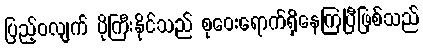
ပြည့်ဝလျက် ပိုကြီးနိုင်သည် စုဝေးရောက်ရှိနေကြပြီဖြစ်သည်